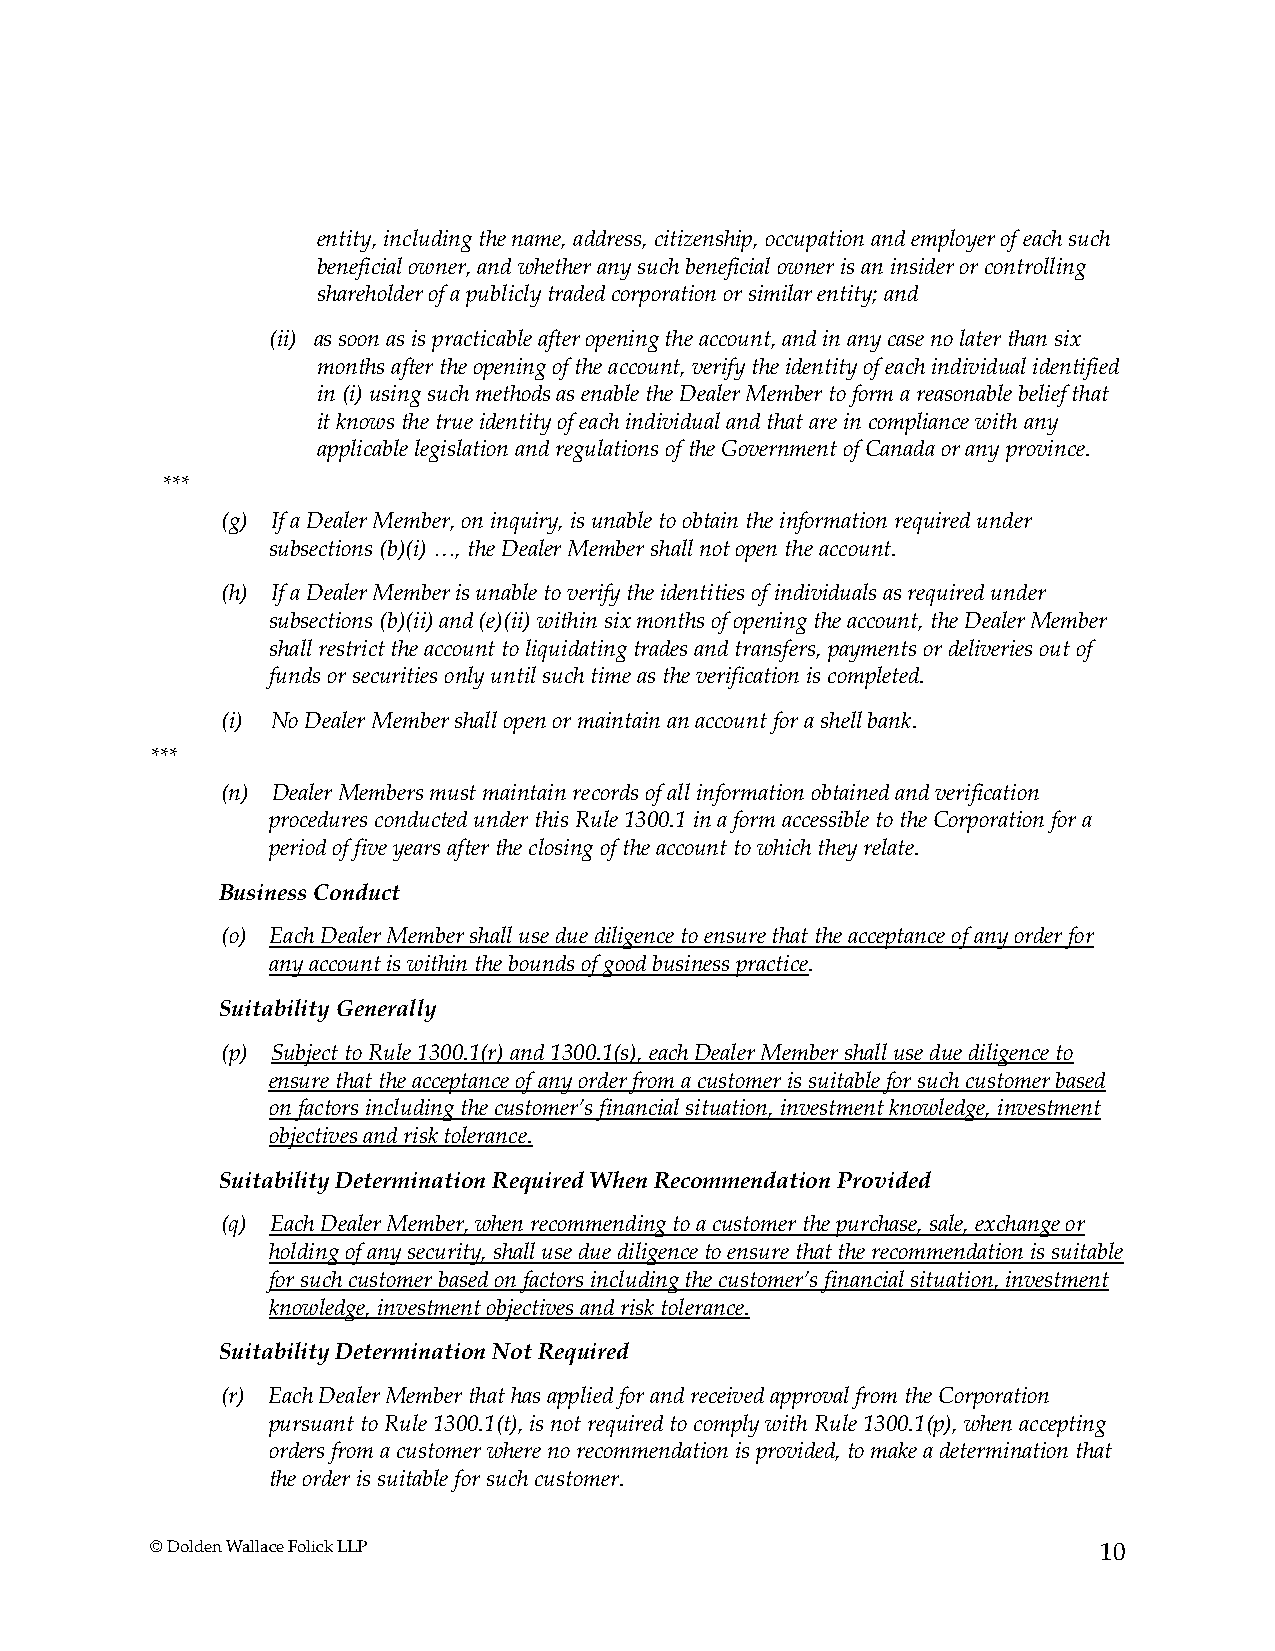
entity, including the name, address, citizenship, occupation and employer of each such
 beneficial owner, and whether any such beneficial owner is an insider or controlling
 shareholder of a publicly traded corporation or similar entity; and
 (ii) as soon as is practicable after opening the account, and in any case no later than six
 months after the opening of the account, verify the identity of each individual identified
 in (i) using such methods as enable the Dealer Member to form a reasonable belief that
 it knows the true identity of each individual and that are in compliance with any
 applicable legislation and regulations of the Government of Canada or any province.
 ***
 (g) If a Dealer Member, on inquiry, is unable to obtain the information required under
 subsections (b)(i) …, the Dealer Member shall not open the account.
 (h) If a Dealer Member is unable to verify the identities of individuals as required under
 subsections (b)(ii) and (e)(ii) within six months of opening the account, the Dealer Member
 shall restrict the account to liquidating trades and transfers, payments or deliveries out of
 funds or securities only until such time as the verification is completed.
 (i) No Dealer Member shall open or maintain an account for a shell bank.
 ***
 (n) Dealer Members must maintain records of all information obtained and verification
 procedures conducted under this Rule 1300.1 in a form accessible to the Corporation for a
 period of five years after the closing of the account to which they relate.
 Business Conduct
 (o) Each Dealer Member shall use due diligence to ensure that the acceptance of any order for
 any account is within the bounds of good business practice.
 Suitability Generally
 (p) Subject to Rule 1300.1(r) and 1300.1(s), each Dealer Member shall use due diligence to
 ensure that the acceptance of any order from a customer is suitable for such customer based
 on factors including the customer’s financial situation, investment knowledge, investment
 objectives and risk tolerance.
 Suitability Determination Required When Recommendation Provided
 (q) Each Dealer Member, when recommending to a customer the purchase, sale, exchange or
 holding of any security, shall use due diligence to ensure that the recommendation is suitable
 for such customer based on factors including the customer’s financial situation, investment
 knowledge, investment objectives and risk tolerance.
 Suitability Determination Not Required
 (r) Each Dealer Member that has applied for and received approval from the Corporation
 pursuant to Rule 1300.1(t), is not required to comply with Rule 1300.1(p), when accepting
 orders from a customer where no recommendation is provided, to make a determination that
 the order is suitable for such customer.
 © Dolden Wallace Folick LLP                                    10